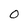
Character: 0